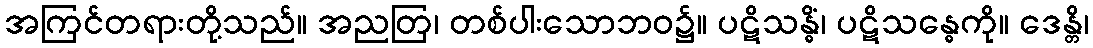
အကြင်တရားတို့သည်။ အညတြ၊ တစ်ပါးသောဘဝ၌။ ပဋိသန္ဓိံ၊ ပဋိသန္ဓေကို။ ဒေန္တိ၊